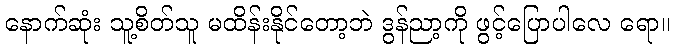
နောက်ဆုံး သူ့စိတ်သူ မထိန်းနိုင်တော့ဘဲ ဒွန်ညာ့ကို ဖွင့်ပြောပါလေ ရော။